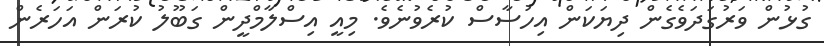
ގުޅުން ވަރުގަދަވެގެން ދިޔަކަން އިހުސާސް ކުރެވުނެވެ. މިއީ އިސްލާމްދީން ގަބޫލު ކުރަން އަހަރެން